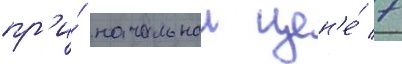
пр'и́ начальнои цен'е́ 7